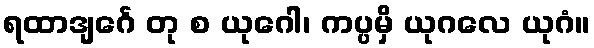
ရထာဒျင်္ဂေ တု စ ယုဂေါ၊ ကပ္ပမှိ ယုဂလေ ယုဂံ။